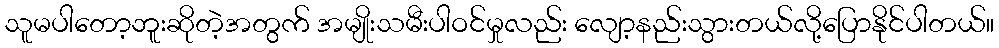
သူမပါတော့ဘူးဆိုတဲ့အတွက် အမျိုးသမီးပါဝင်မှုလည်း လျော့နည်းသွားတယ်လို့ပြောနိုင်ပါတယ်။